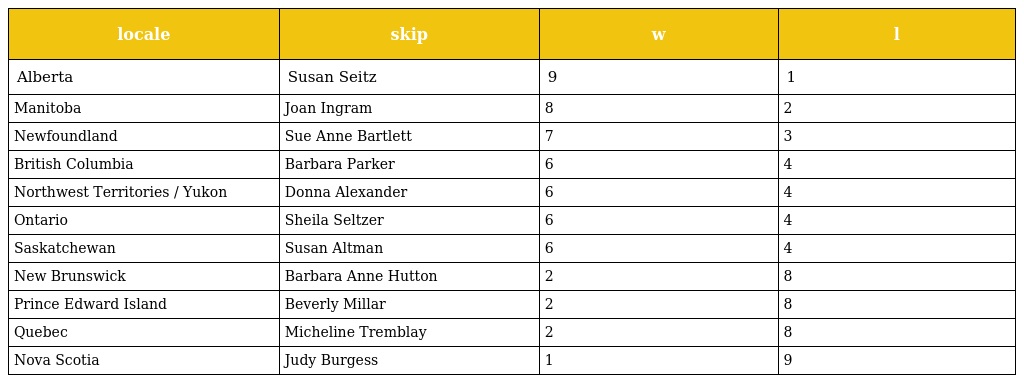
| locale | skip | w | l |
 | --- | --- | --- | --- |
 | Alberta | Susan Seitz | 9 | 1 |
 | Manitoba | Joan Ingram | 8 | 2 |
 | Newfoundland | Sue Anne Bartlett | 7 | 3 |
 | British Columbia | Barbara Parker | 6 | 4 |
 | Northwest Territories / Yukon | Donna Alexander | 6 | 4 |
 | Ontario | Sheila Seltzer | 6 | 4 |
 | Saskatchewan | Susan Altman | 6 | 4 |
 | New Brunswick | Barbara Anne Hutton | 2 | 8 |
 | Prince Edward Island | Beverly Millar | 2 | 8 |
 | Quebec | Micheline Tremblay | 2 | 8 |
 | Nova Scotia | Judy Burgess | 1 | 9 |